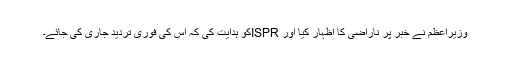
وزیراعظم نے خبر پر ناراضی کا اظہار کیا اور ISPRکو ہدایت کی کہ اس کی فوری تردید جاری کی جائے۔